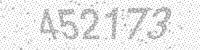
Solution: 452173